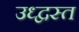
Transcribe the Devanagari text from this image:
उध्द्वस्त